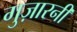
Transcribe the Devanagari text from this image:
गुज़ारनी